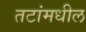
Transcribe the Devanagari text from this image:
तटांमधील